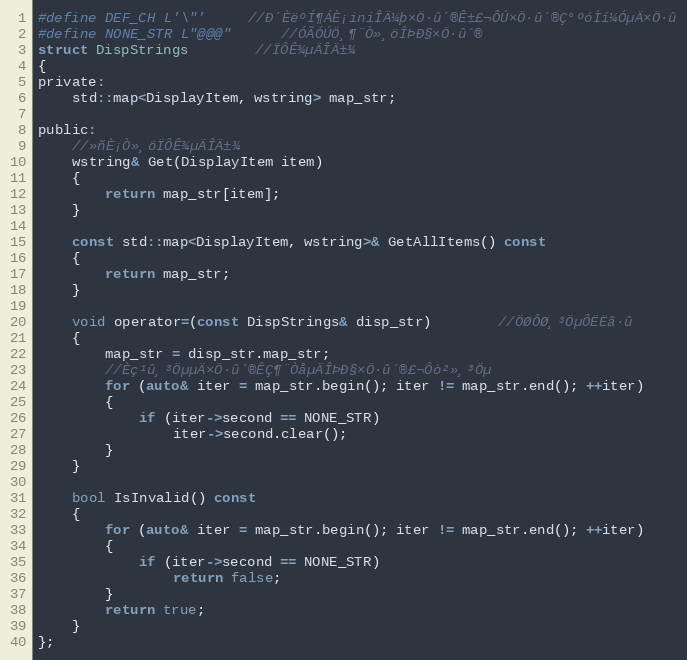
Language: C
#define DEF_CH L'\"'		//Ð´ÈëºÍ¶ÁÈ¡iniÎÄ¼þ×Ö·û´®Ê±£¬ÔÚ×Ö·û´®Ç°ºóÌí¼ÓµÄ×Ö·û
#define NONE_STR L"@@@"		//ÓÃÓÚÖ¸¶¨Ò»¸öÎÞÐ§×Ö·û´®
struct DispStrings		//ÏÔÊ¾µÄÎÄ±¾
{
private:
    std::map<DisplayItem, wstring> map_str;

public:
    //»ñÈ¡Ò»¸öÏÔÊ¾µÄÎÄ±¾
    wstring& Get(DisplayItem item)
    {
        return map_str[item];
    }

    const std::map<DisplayItem, wstring>& GetAllItems() const
    {
        return map_str;
    }

	void operator=(const DispStrings& disp_str)		//ÖØÔØ¸³ÖµÔËËã·û
	{
        map_str = disp_str.map_str;
		//Èç¹û¸³ÖµµÄ×Ö·û´®ÊÇ¶¨ÒåµÄÎÞÐ§×Ö·û´®£¬Ôò²»¸³Öµ
        for (auto& iter = map_str.begin(); iter != map_str.end(); ++iter)
        {
            if (iter->second == NONE_STR)
                iter->second.clear();
        }
    }

	bool IsInvalid() const
	{
        for (auto& iter = map_str.begin(); iter != map_str.end(); ++iter)
        {
            if (iter->second == NONE_STR)
                return false;
        }
        return true;
	}
};